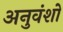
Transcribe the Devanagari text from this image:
अनुवंशों